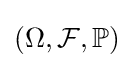
{\textstyle \left(\Omega ,{\mathcal {F}},\mathbb {P} \right)}